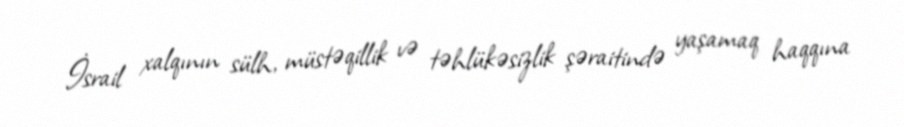
İsrail xalqının sülh, müstəqillik və təhlükəsizlik şəraitində yaşamaq haqqına